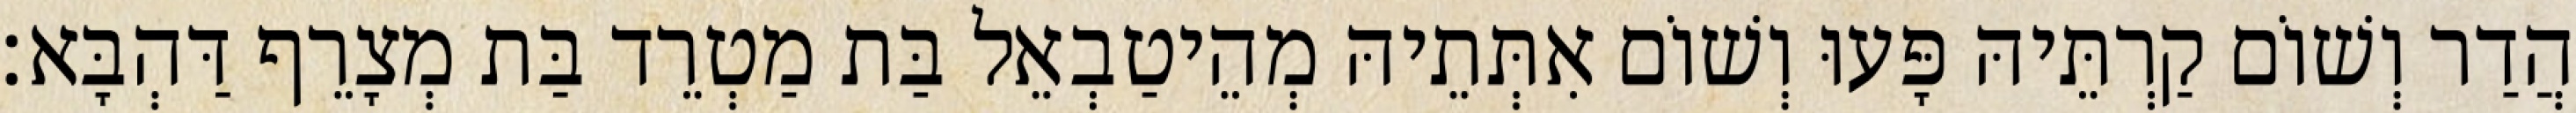
הֲדַר וְשׁוֹם קַרְתֵּיהּ פָּעוּ וְשׁוֹם אִתְּתֵיהּ מְהֵיטַבְאֵל בַּת מַטְרֵד בַּת מְצָרֵף דַּהְבָּא׃